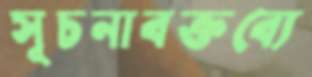
সূচনাবক্তব্যে